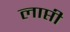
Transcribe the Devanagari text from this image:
लाप्ती